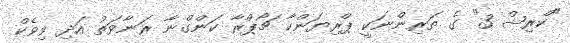
"ކްރިޝް 3" ގެ ތަރިންނަކީ ޕްރިޔަންކާ ޗޯޕްރާ ކަންގްނާ ރަނާވަތު އަދި ވިވެކް